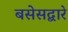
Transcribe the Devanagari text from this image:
बसेसद्बारे